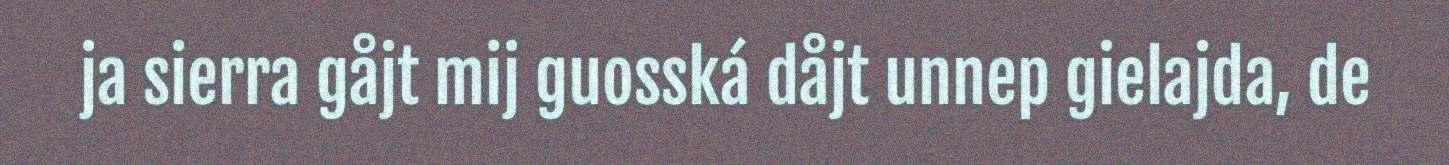
ja sierra gåjt mij guosská dåjt unnep gielajda, de